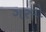
ગરવો